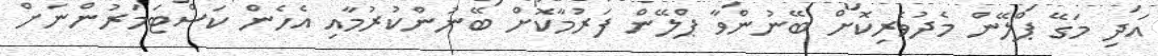
އަދި މަގޭ ޕްލޭން މެދުވެރިކޮށް ބޭނުންވާ ޕްލޭން ފަރުމާކޮށް ބޭނުންކުރުމާއި އެހެން ކަސްޓަމަރުންނަށް